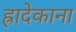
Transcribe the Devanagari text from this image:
ह्रादेकाना